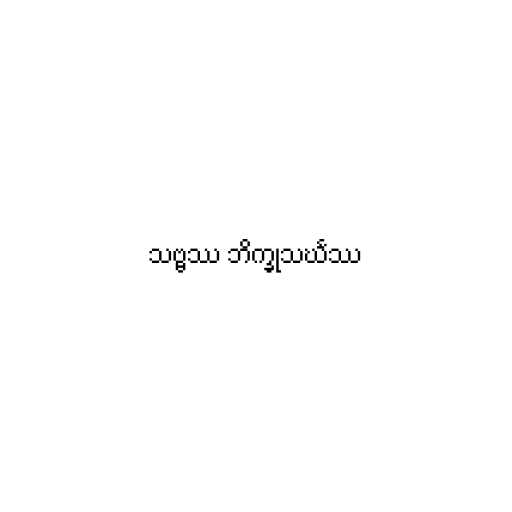
သဗ္ဗဿ ဘိက္ခုသင်္ဃဿ